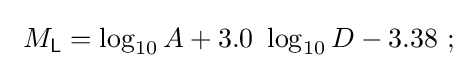
\ M_{\mathsf {L}}=\log _{10}A+3.0\ \log _{10}D-3.38\ ;